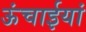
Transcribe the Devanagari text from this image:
ऊंचाईयां